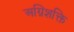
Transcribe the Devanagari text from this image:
अग्निशक्ति